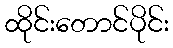
ထိုင်းတောင်ပိုင်း